Scottish Leaving Certificate Examination, 1956
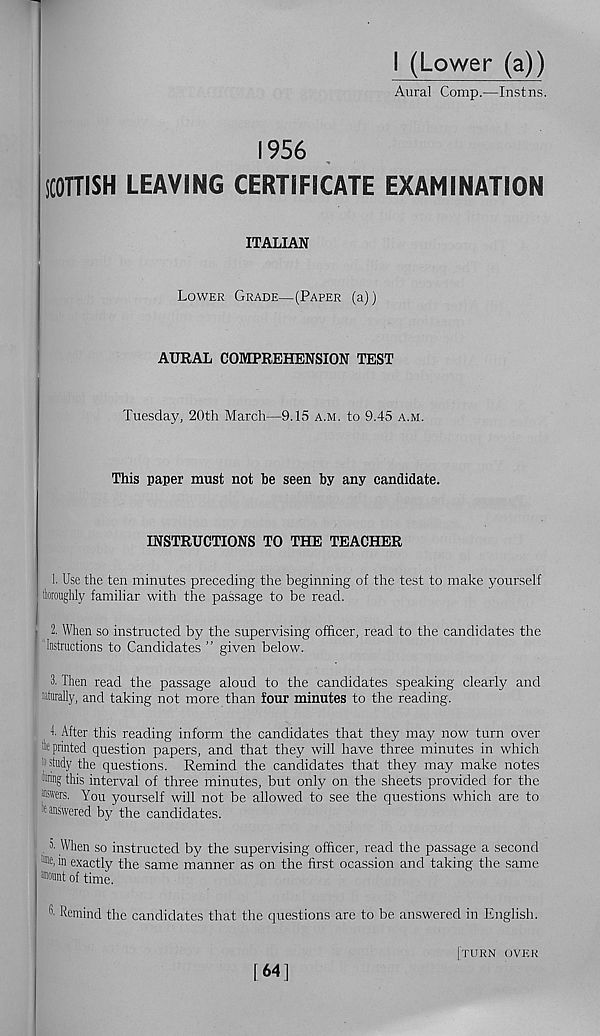
I (Lower (a))
Aural Comp.—Instns.
1956
SCOTTISH LEAVING CERTIFICATE EXAMINATION
ITALIAN
Lower Grade—(Paper (a))
AURAL COMPREHENSION TEST
Tuesday, 20th March—9.15 a.m. to 9.45 a.m.
This paper must not he seen by any candidate.
INSTRUCTIONS TO THE TEACHER
1. Use the ten minutes preceding the beginning of the test to make yourself
thoroughly familiar with the passage to be read.
2. When so instructed by the supervising officer, read to the candidates the
Instructions to Candidates ” given below.
i | 3. Then read the passage aloud to the candidates speaking clearly and
Rurally, and taking not more than four minutes to the reading.
1. After this reading inform the candidates that they may now turn over
fc printed question papers, and that they will have three minutes in which
study the questions. Remind the candidates that they may make notes
•ing this interval of three minutes, but only on the sheets provided for the
®wers. You yourself will not be allowed to see the questions which are to
K answered by the candidates.
. ^ When so instructed by the supervising officer, read the passage a second
in exactly the same manner as on the first ocassion and taking the same
Wount of time.
I- Remind the candidates that the questions are to be answered in English.
[641
[turn over